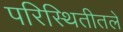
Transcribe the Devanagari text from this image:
परिस्थितीतले